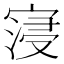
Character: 寖